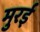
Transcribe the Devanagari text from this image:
मुरई